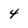
Character: 4